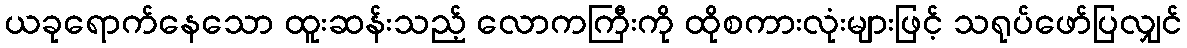
ယခုရောက်နေသော ထူးဆန်းသည့် လောကကြီးကို ထိုစကားလုံးများဖြင့် သရုပ်ဖော်ပြလျှင်